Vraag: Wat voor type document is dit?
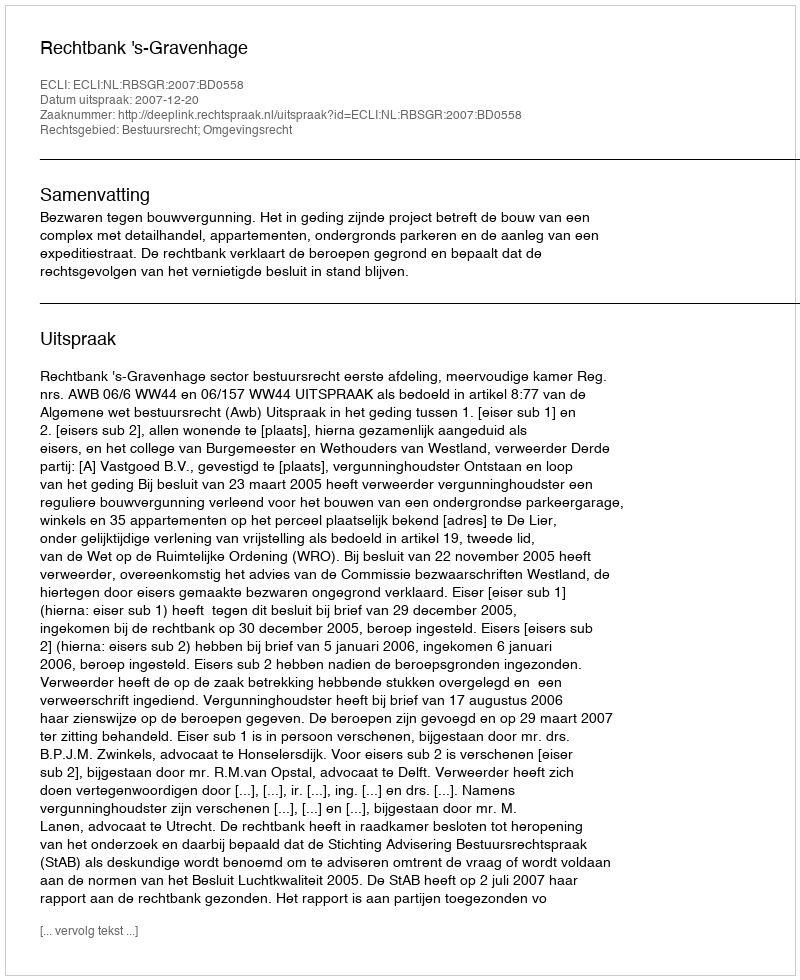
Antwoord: Uitspraak